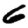
Digit: 6